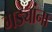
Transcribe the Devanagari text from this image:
गड्यांना